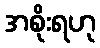
အစိုးရဟု